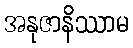
အနုဇာနိဿာမ